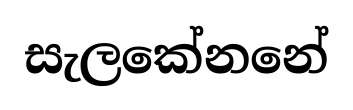
සැලකේනනේ